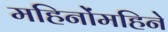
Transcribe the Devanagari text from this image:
महिनोंमहिने